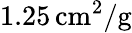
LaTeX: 1.25\, \mathrm{cm}^{2}/\mathrm{g}